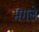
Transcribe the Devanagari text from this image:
मंगले